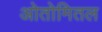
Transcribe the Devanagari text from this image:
ओतोमितल